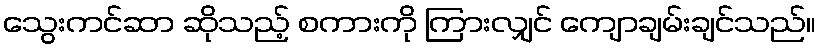
သွေးကင်ဆာ ဆိုသည့် စကားကို ကြားလျှင် ကျောချမ်းချင်သည်။